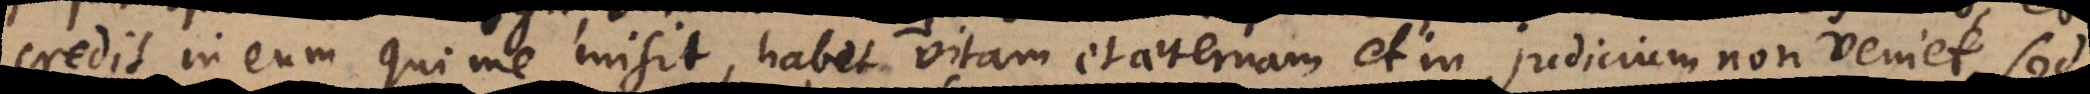
credit in eum qui me misit, habet vitam et aeternam et in judicium non veniet, sed